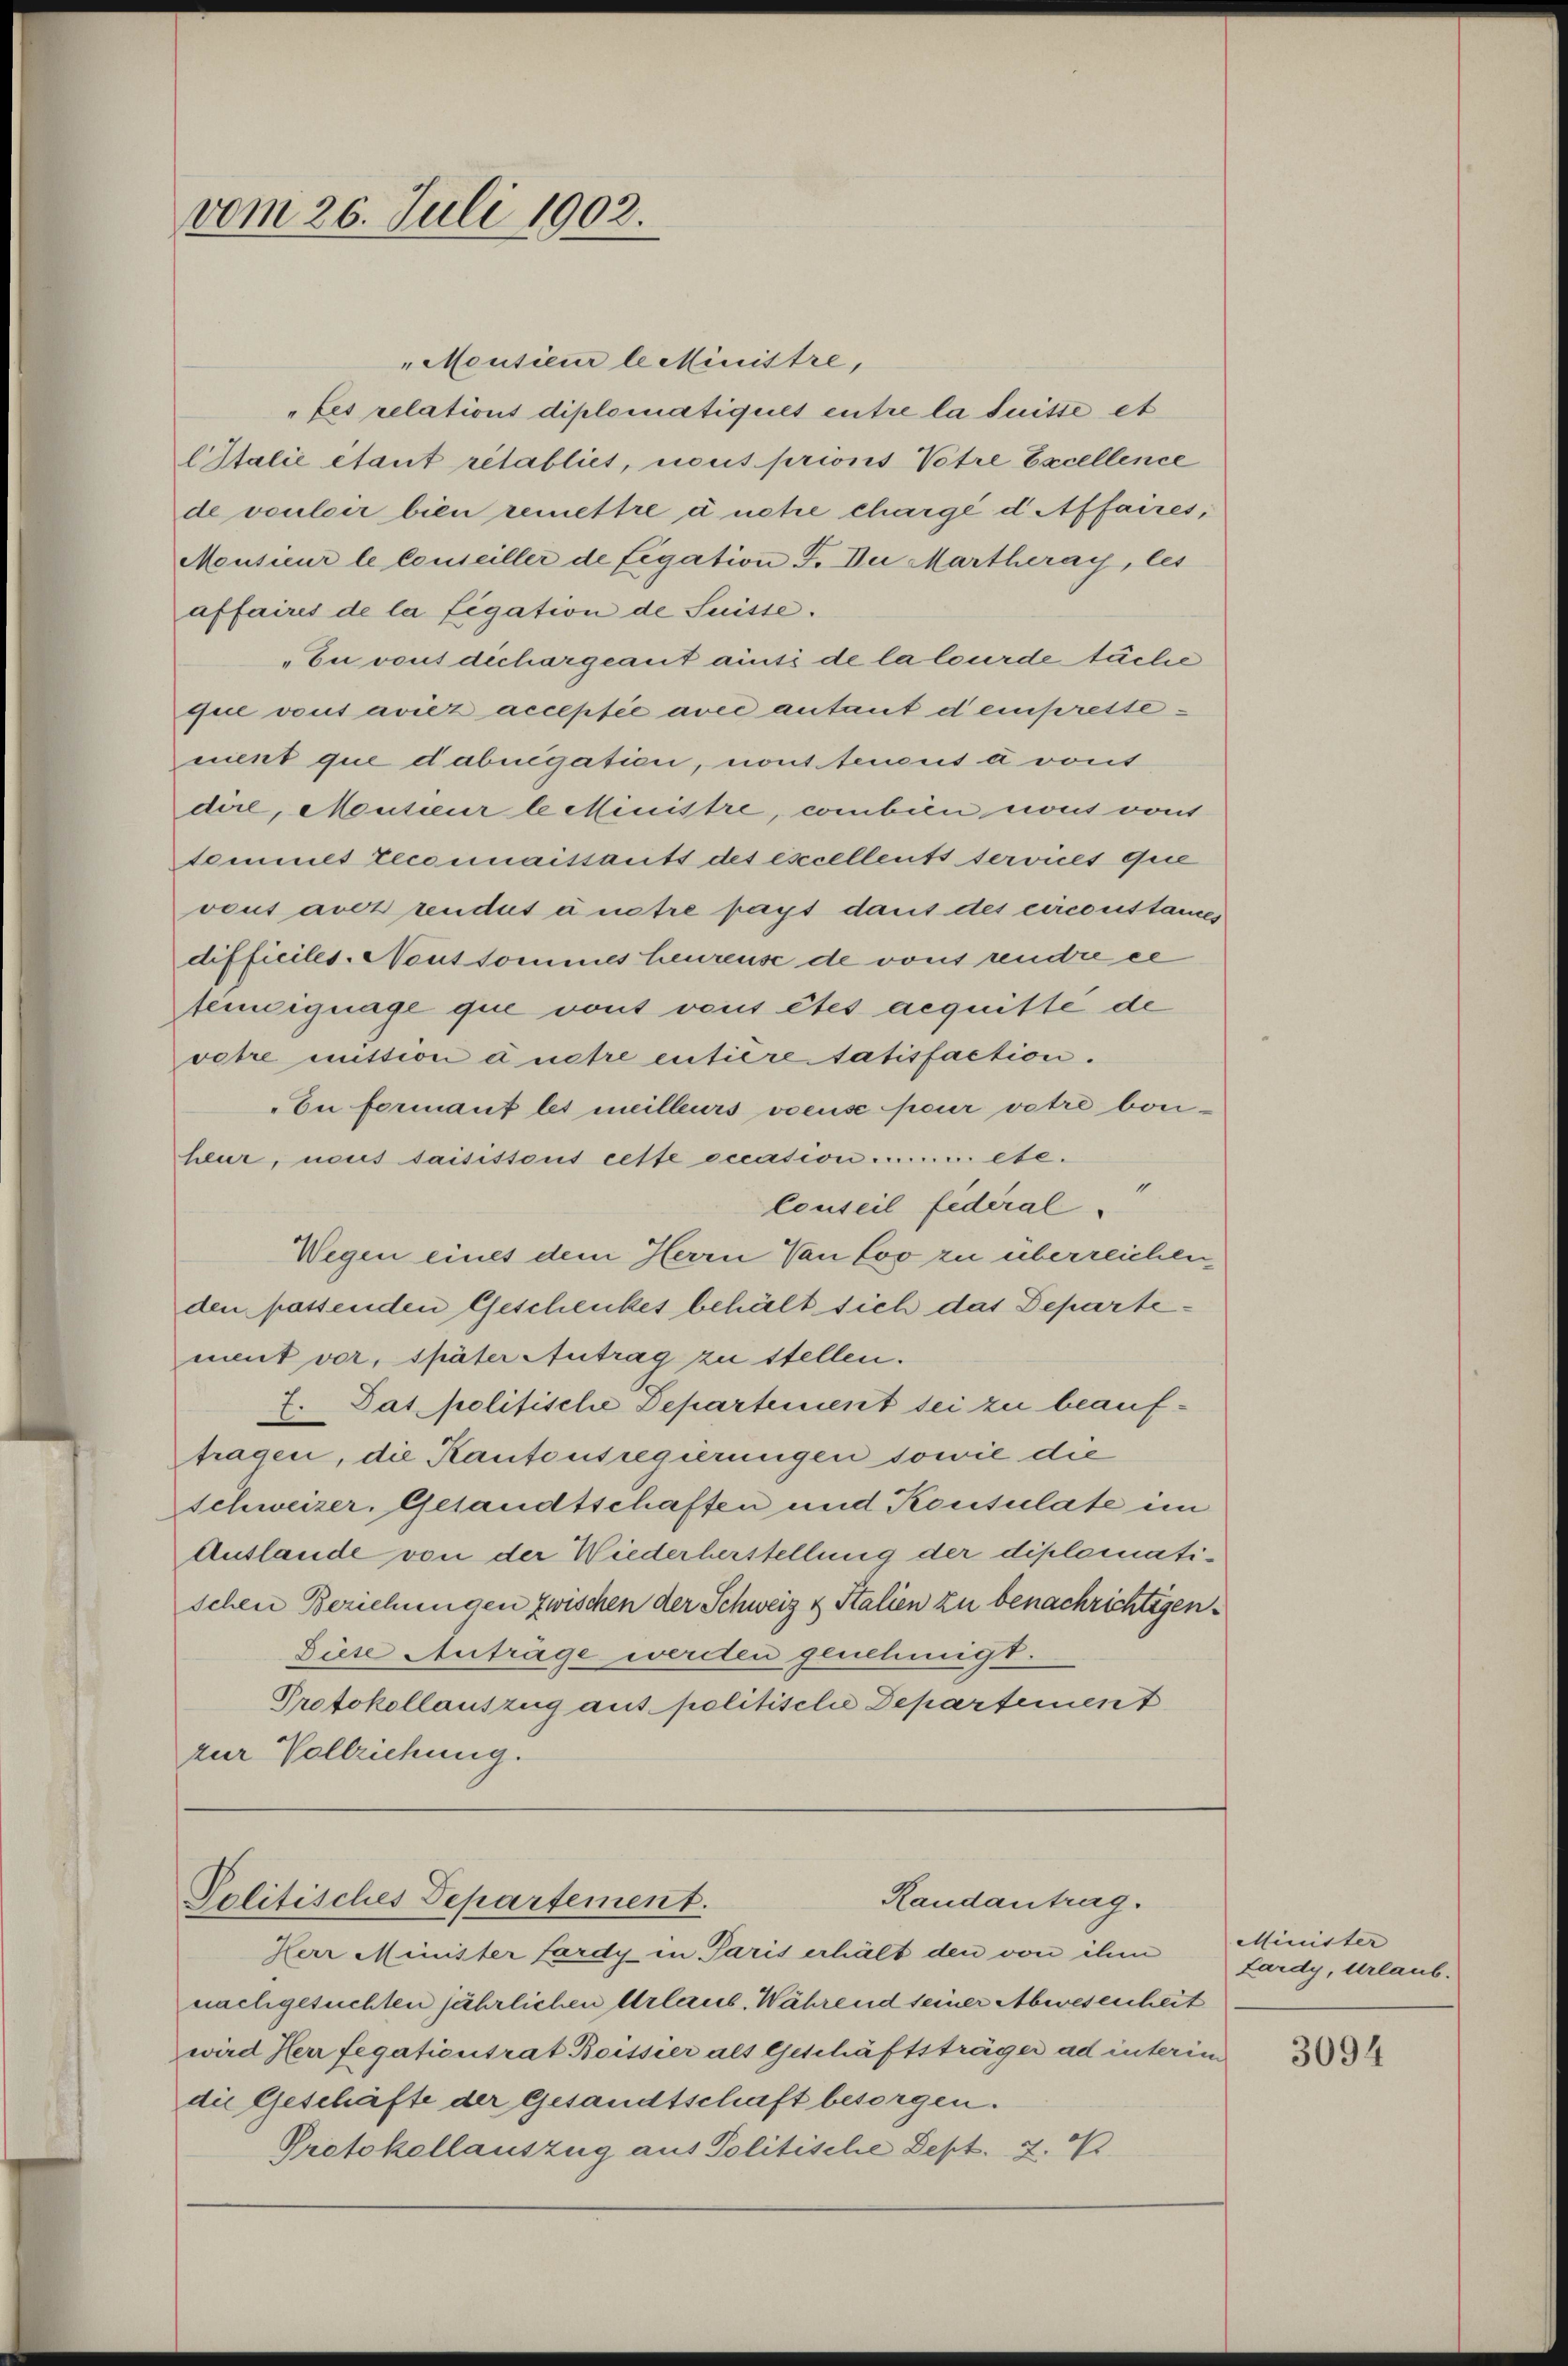
vom 26. Juli 1902.

"Monsieur lecinistre,
„Les relations diplomatiquet entre la suitte et
CItalie étant rétabliet, nous prions Votre Excellence
de vouler bien remettre à nette chargé d Affaires,
Meusieur le Conseiller de Legation F. Du Martheray, les
affaires de la figation de Suisse.
„Eu vons dichargeant aints de la lourde sache
que vous aviez acceptée avec autant d’empreste
nient que dabnegation, nont tenens a vons
dire, Monteur le Ministre, combien nous von
temmes reconnaissants des excellents services que
vous aver rendus unstre pays dans des circonstames
difficiles. Noussommes heureuse de vons rendre ce
feiignage que vont vous êtes acquitte de
vetre mittion dustre entieretatisfaction.
Eu formant les meilleurs voeuse pour votre bonheur, nous saisistens cette occasion mir etc.
Conseil federal-
Wegen eines dem Herrn Van loo zu überreichenden passenden Geschenkes behält sich das Departe
ment vor, später Antrag zu stellen.
7. Das politische Departement sei zu beauftragen, die Kantonsregierungen sowie die
schweizer. Gesandtschaften und Konsulate im
Auslande von der Wiederherstellung der diplomatischen Beziehungen zwischen der Schweiz & Stalien zu benachrichtigen
Diese Anträge werden genehmigt.
Protokollauszug aus politisclie Departement
zur Vollziehung.

Randantrag.
Politisches Departement.
Herr Minister fardy in Paris erhält den von ihm

nachgesuchten jährlichen Urlaus. Während seiner Abwesenheit
wird Herr fegationsrat Boissier als Geschäftsträger ad interim
die Geschäfte der Gesandtschaft besorgen.
Protokollauszug aus Politische Sept. Z. 4

Minister
Lardy, Urlaub.

3094